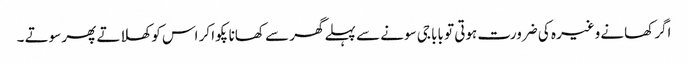
اگر کھانے وغیرہ کی ضرورت ہوتی تو بابا جی سونے سے پہلے گھر سے کھانا پکوا کر اس کو کھلاتے پھر سوتے ۔